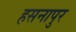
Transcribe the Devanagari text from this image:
हसनापुर